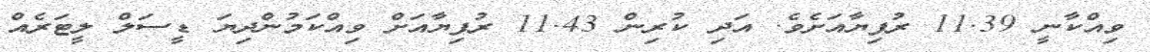
ވިއްކާނީ 11.39 ރުފިޔާއަށެވެ. އަދި ކުރިން 11.43 ރުފިޔާއަށް ވިއްކަމުންދިޔަ ޑީސަލް ލީޓަރެއް